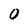
Character: 0